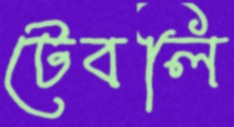
টেবলি